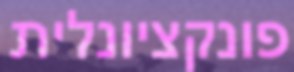
פונקציונלית